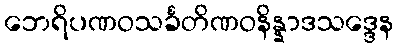
ဘေရိပဏဝသင်္ခတိဏဝနိန္နာဒသဒ္ဒေန